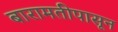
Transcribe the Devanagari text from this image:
बारामतीपासून